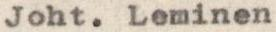
Joht. Leminen